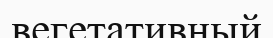
вегетативный